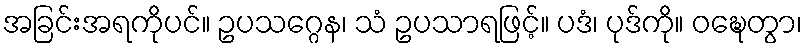
အခြင်းအရကိုပင်။ ဥပသဂ္ဂေန၊ သံ ဥပသာရဖြင့်။ ပဒံ၊ ပုဒ်ကို။ ဝဍ္ဎေတွာ၊